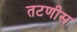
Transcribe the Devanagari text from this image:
तटणीस